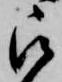
被